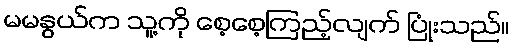
မမနွယ်က သူ့ကို စေ့စေ့ကြည့်လျက် ပြုံးသည်။